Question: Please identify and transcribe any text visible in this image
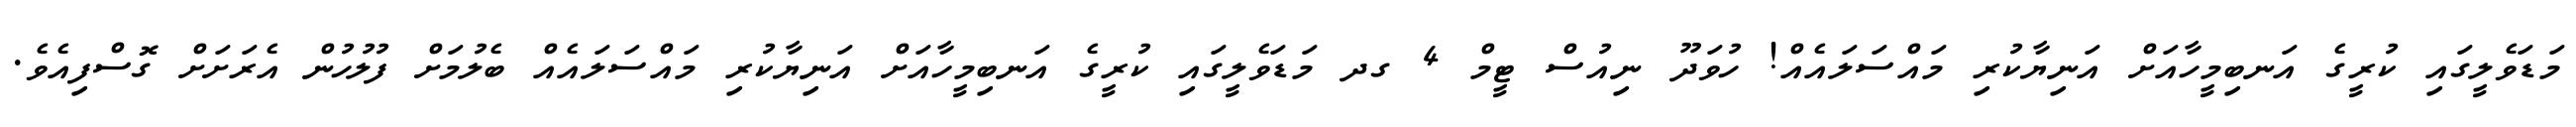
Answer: މަޑަވެލީގައި ކުރީގެ އަނބިމީހާއަށް އަނިޔާކުރި މައްސަލައެއް! ހުވަދޫ ނިއުސް ޓީމް 4 ގދ މަޑަވެލީގައި ކުރީގެ އަނބިމީހާއަށް އަނިޔާކުރި މައްސަލައެއް ބެލުމަށް ފުލުހުން އެރަށަށް ގޮސްފިއެވެ.